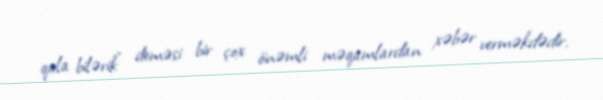
qala bilərik” deməsi bir çox önəmli məqamlardan xəbər verməkdədir.